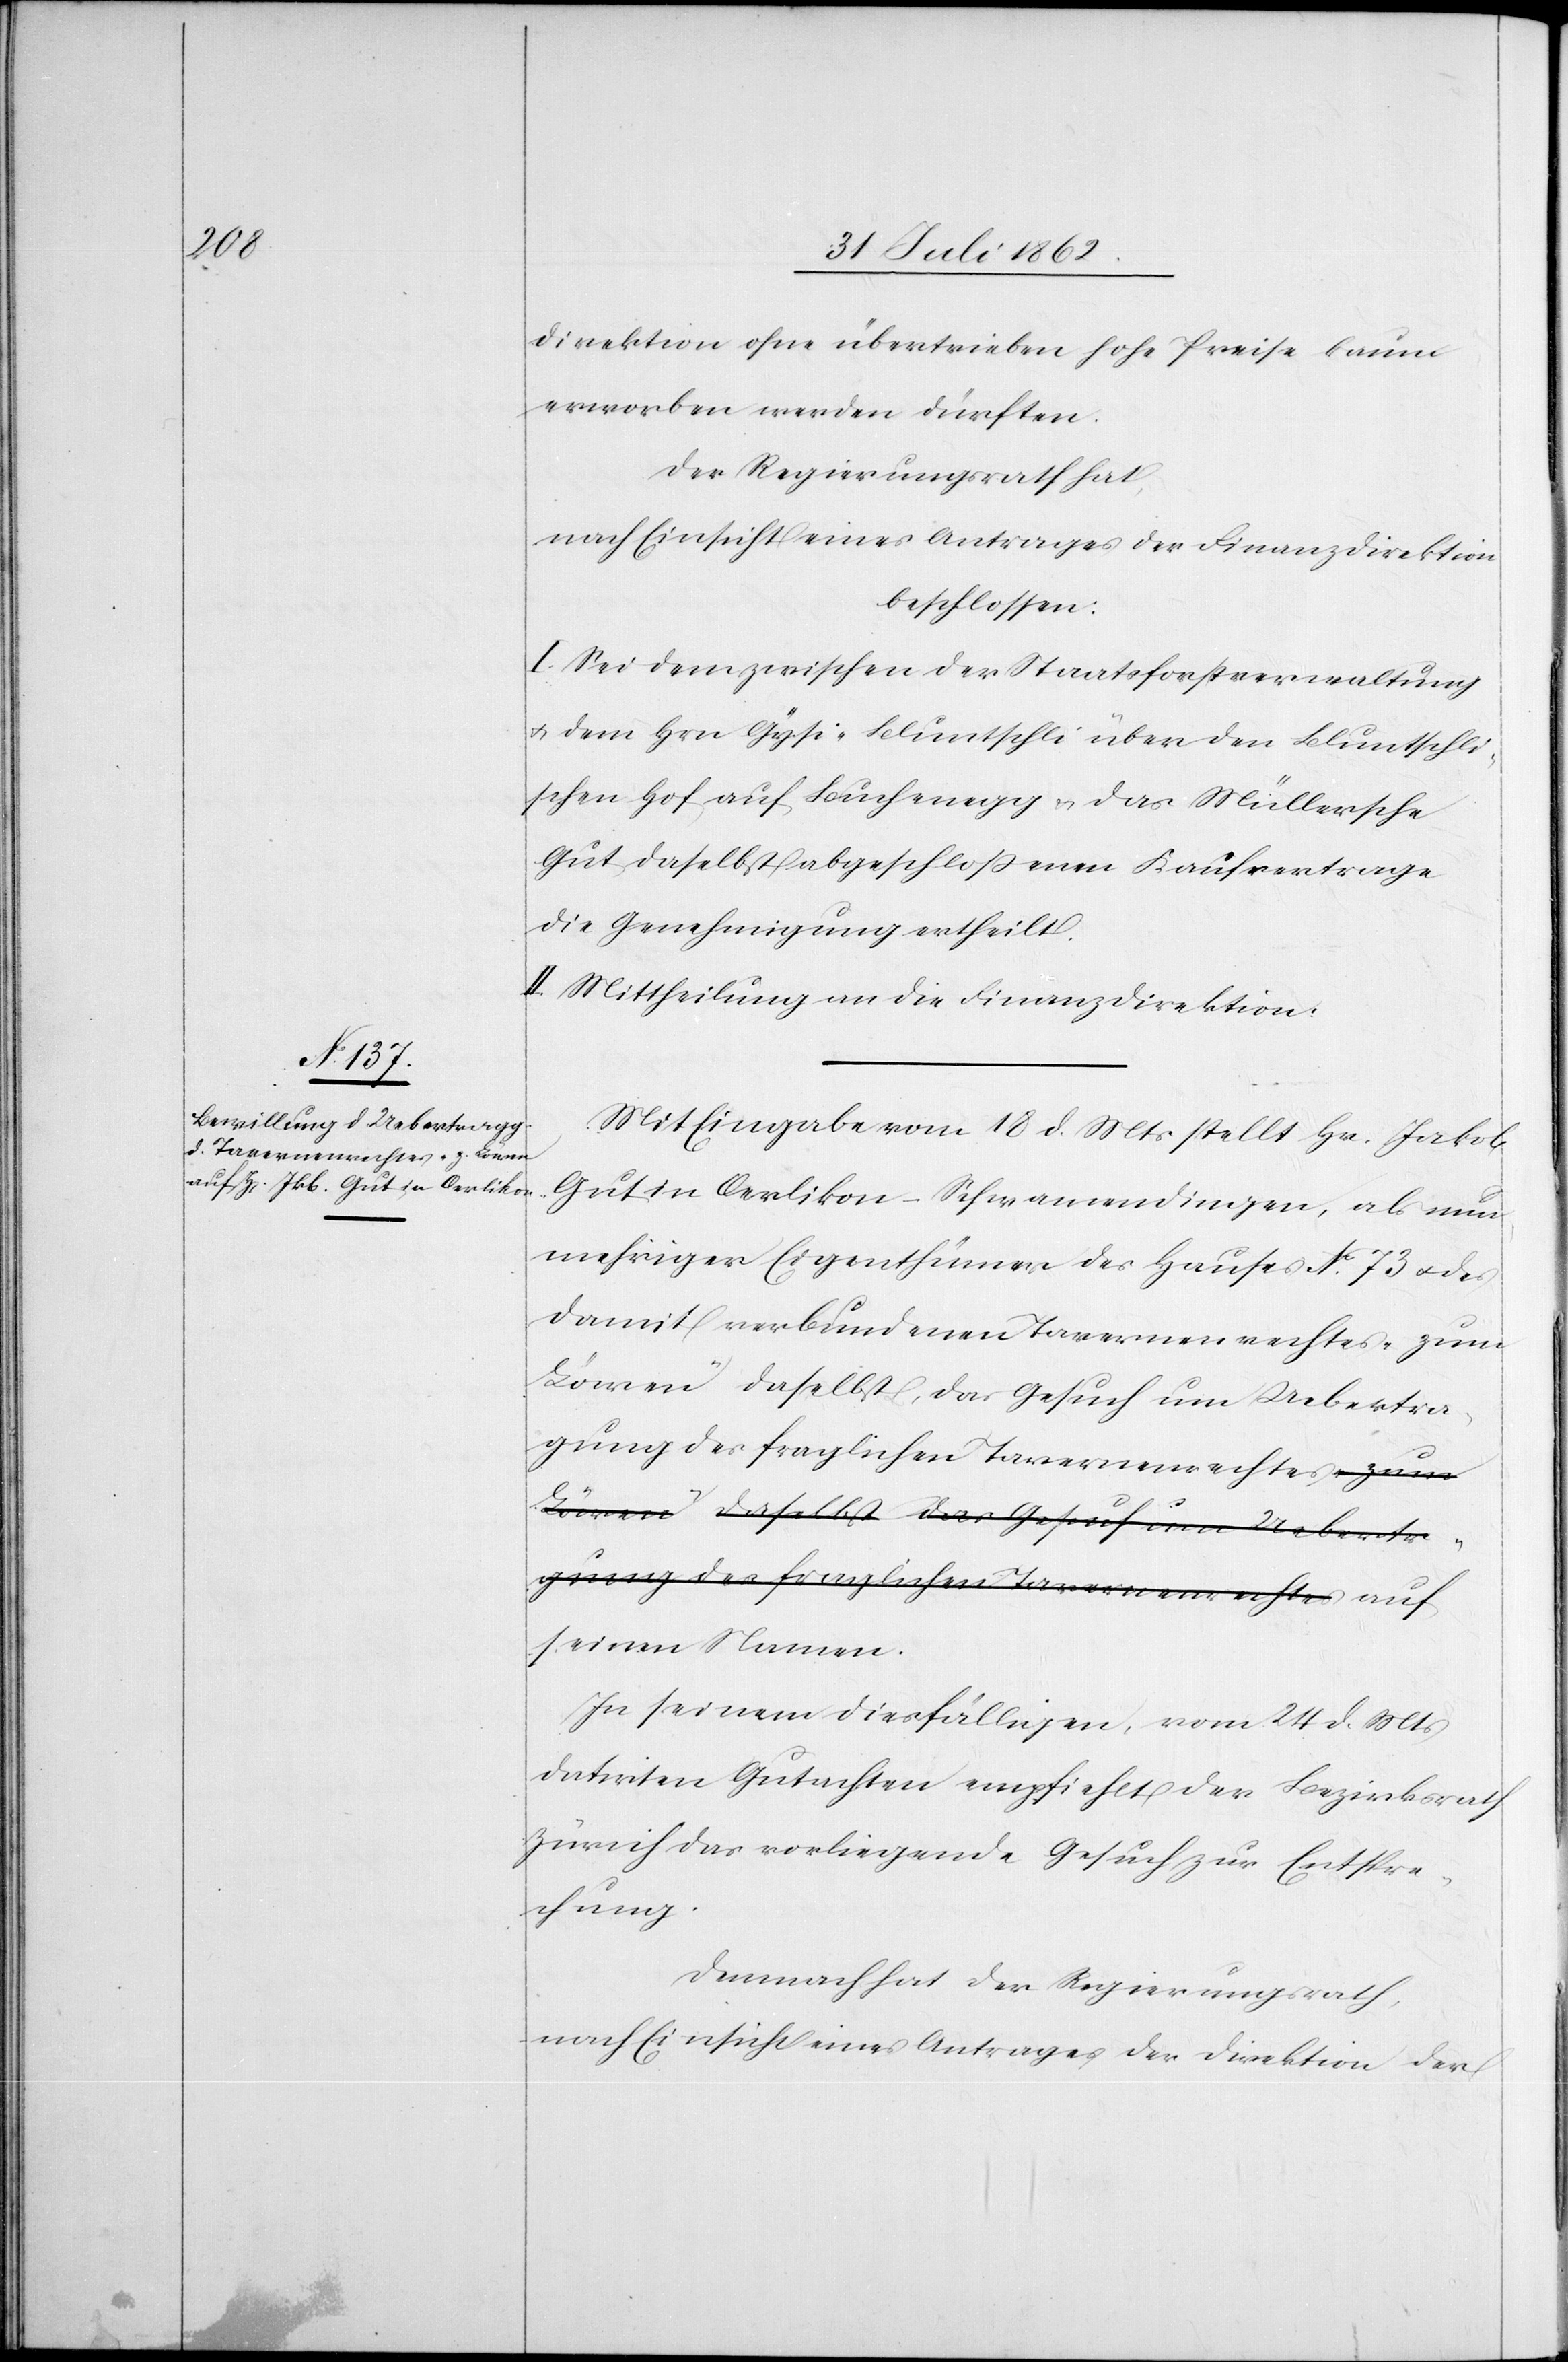
direktion ohne übertrieben hohe Preise kaum
erworben werden dürften.
Der Regierungsrath hat,
nach Einsicht eines Antrages der Finanzdirektion
beschlossen:
I. Sei dem zwischen der Staatsforstverwaltung
u. dem Hrn. Gysi-Bluntschli über den Bluntschli¬
schen Hof auf Buchenegg u. das Müllersche
Gut daselbst abgeschloßenen Kaufvertrage
die Genehmigung ertheilt.
II. Mittheilung an die Finanzdirektion.
Mit Eingabe vom 18. d. Mts. stellt Hr. Jakob
Gut in Oerlikon-Schwamendingen, als nun¬
mehriger Eigenthümer des Hauses No 73 u. des
damit verbundenen Tavernenrechtes a „zum
Löwen“ daselbst, das Gesuch um Uebertra¬
gung des fraglichen Tavernenrechts-a auf
seinen Namen.
In seinem diesfälligen, vom 24.d. Mts.
datirten Gutachten empfiehlt der Bezirksrath
Zürich das vorliegende Gesuch zur Entspre¬
chung.
Demnach hat der Regierungsrath,
nach Einsicht eines Antrages der Direktion der